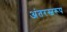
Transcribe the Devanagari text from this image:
अंतरस्वरूप